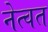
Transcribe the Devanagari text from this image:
नेत्वत